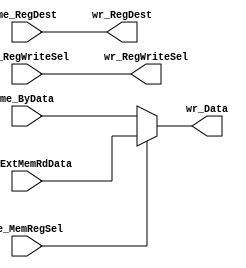
//---------------------------------------------------------
//		Memory Stage
//
//
// Class: EG-EE  597 Senior Project
//
//---------------------------------------------------------


module wback_stage (	 
			
		me_ExtMemRdData,
		me_MemRegSel,
		me_RegWriteSel,
		me_RegDest,
		me_ByData,

		wr_RegDest,
		wr_Data,
		wr_RegWriteSel	
		);
	
                
input  [31:0]	me_ExtMemRdData;
input 		me_MemRegSel;
input 		me_RegWriteSel;
input  [4:0]	me_RegDest;
input  [31:0]	me_ByData;

output [4:0]	wr_RegDest;
output [31:0]	wr_Data;
output 		wr_RegWriteSel;

			

	//--------------------------
	//  Wire Declarations
	//--------------------------

 assign	  wr_Data = (me_MemRegSel) ? me_ExtMemRdData
 				   : me_ByData;

 assign   wr_RegDest     = me_RegDest;
 assign   wr_RegWriteSel = me_RegWriteSel;

endmodule